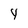
Character: 4